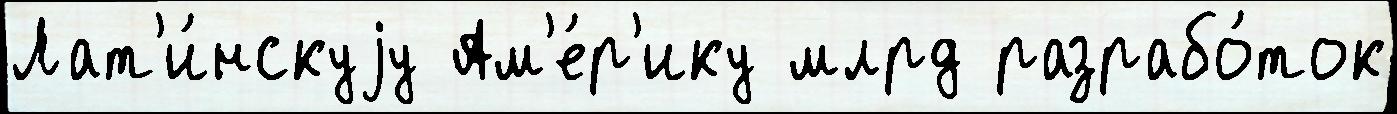
Лат'и́нскуjу Ам'е́р'ику млрд разрабо́ток